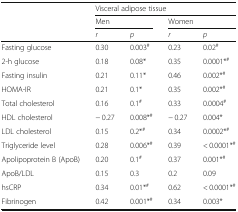
|  | <COLSPAN=4> Visceral adipose tissue |
 |  | <COLSPAN=2> Men | <COLSPAN=2> Women |
 |  | r | p | r | p |
 | --- | --- | --- | --- | --- |
 | Fasting glucose | 0.30 | 0.003# | 0.23 | 0.02# |
 | 2-h glucose | 0.18 | 0.08* | 0.35 | 0.0001*# |
 | Fasting insulin | 0.21 | 0.11* | 0.46 | 0.002*# |
 | HOMA-IR | 0.21 | 0.1* | 0.35 | 0.002*# |
 | Total cholesterol | 0.16 | 0.1# | 0.33 | 0.0004# |
 | HDL cholesterol | − 0.27 | 0.008*# | − 0.27 | 0.004* |
 | LDL cholesterol | 0.15 | 0.2*# | 0.34 | 0.0002*# |
 | Triglyceride level | 0.28 | 0.006*# | 0.39 | < 0.0001*# |
 | Apolipoprotein B (ApoB) | 0.20 | 0.1# | 0.37 | 0.001*# |
 | ApoB/LDL | 0.15 | 0.3 | 0.2 | 0.09 |
 | hsCRP | 0.34 | 0.01*# | 0.62 | < 0.0001*# |
 | Fibrinogen | 0.42 | 0.001*# | 0.34 | 0.003* |